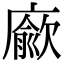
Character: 𢋅